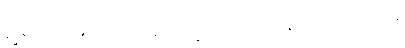
နိစ္ဆရတီတိ အသုဘဝသေန ပစ္စက္ခဘာဝေန ဝေဒနတော ပထဝီစလနံ